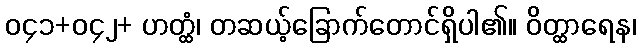
၀၄၁+၀၄၂+ ဟတ္ထံ၊ တဆယ့်ခြောက်တောင်ရှိပါ၏။ ဝိတ္ထာရေန၊